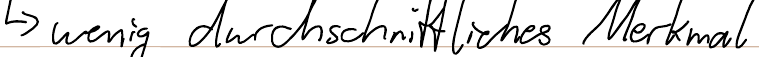
-> wenig durchschnittliches Merkmal